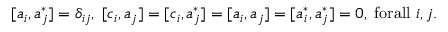
[ a _ { i } , a _ { j } ^ { \ast } ] = \delta _ { i j } , \; [ c _ { i } , a _ { j } ] = [ c _ { i } , a _ { j } ^ { \ast } ] = [ a _ { i } , a _ { j } ] = [ a _ { i } ^ { \ast } , a _ { j } ^ { \ast } ] = 0 , \; \mathrm { f o r a l l ~ } i , j .